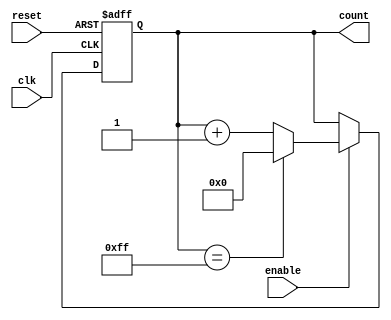
module ParameterizedCounter #(
    parameter WIDTH = 8,               // Width of the counter (number of bits)
    parameter MAX_COUNT = (1 << WIDTH) - 1, // Maximum count value
    parameter COUNT_DIRECTION = 1,      // 1 for up, 0 for down
    parameter ASYNC_RESET = 0           // 1 for asynchronous reset, 0 for synchronous
)(
    input wire clk,                     // Clock input
    input wire reset,                   // Reset input
    input wire enable,                  // Enable signal
    output reg [WIDTH-1:0] count        // Current count output
);

    // Internal variable for counting
    reg [WIDTH-1:0] next_count;

    // Always block for counting logic
    always @(posedge clk or posedge reset) begin
        if (reset) begin
            count <= 0; // Reset count to 0
        end else if (enable) begin
            count <= next_count; // Update count
        end
    end

    // Combinational logic for next count value
    always @(*) begin
        if (enable) begin
            if (COUNT_DIRECTION) begin // Counting up
                if (count == MAX_COUNT) begin
                    next_count = 0; // Overflow, wrap around
                end else begin
                    next_count = count + 1; // Increment count
                end
            end else begin // Counting down
                if (count == 0) begin
                    next_count = MAX_COUNT; // Underflow, wrap around
                end else begin
                    next_count = count - 1; // Decrement count
                end
            end
        end else begin
            next_count = count; // Hold current count if not enabled
        end
    end

endmodule